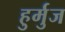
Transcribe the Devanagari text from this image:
हुर्मुज